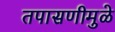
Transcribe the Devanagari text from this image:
तपासणीमुळे